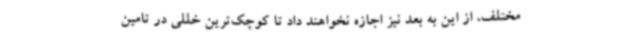
مختلف، از این به ‌بعد نیز اجازه نخواهند داد تا کوچک‌ترین خللی در تامین